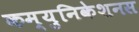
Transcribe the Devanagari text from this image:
कम्युनिकेशनस